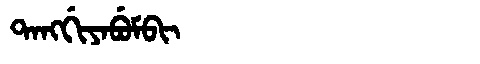
Manchu: ᡨᠠᠩᡤᡳᠶᠠᠪᡠᠮᠪᡳ
Romanization: TANGGIYABUMBI